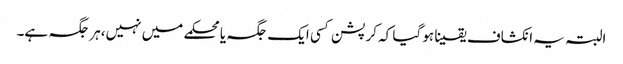
البتہ یہ انکشاف یقینا ہو گیا کہ کرپشن کسی ایک جگہ یا محکمے میں نہیں،ہر جگہ ہے۔